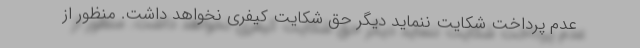
عدم پرداخت شکایت ننماید دیگر حق شکایت کیفری نخواهد داشت. منظور از